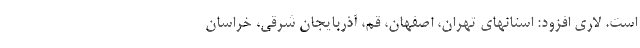
است. لاری افزود: استانهای تهران، اصفهان، قم، آذربایجان شرقی، خراسان